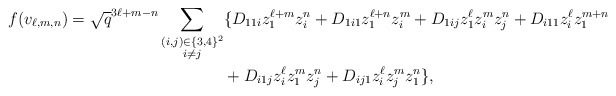
\begin{align*}f(v_{\ell,m,n})=\sqrt{q}^{3\ell+m-n}\sum_{\substack{(i,j)\in\{3,4\}^2\\i\neq j}}&\{D_{11i}z_1^{\ell+m}z_i^n+D_{1i1}z_1^{\ell+n}z_i^m+D_{1ij}z_1^\ell z_i^mz_j^n+D_{i11}z_i^\ell z_1^{m+n}\\&+D_{i1j}z_i^\ell z_1^m z_j^n+D_{ij1}z_i^\ell z_j^mz_1^n\},\\\end{align*}